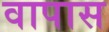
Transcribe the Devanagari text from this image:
वापास